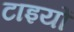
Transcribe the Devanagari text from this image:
टाइयों